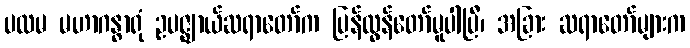
ပထမ မဟာဂန္ဓာရုံ ဥပဇ္ဈာယ်ဆရာတော်က ပြန်လွန်တော်မူပါပြီ၊ အခြား ဆရာတော်များက